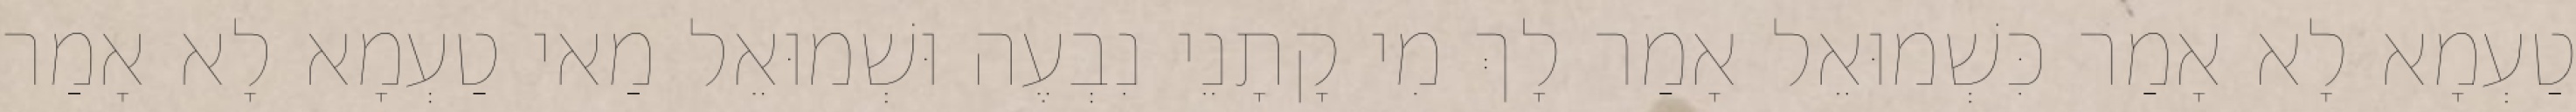
טַעְמָא לָא אָמַר כִּשְׁמוּאֵל אָמַר לָךְ מִי קָתָנֵי נִבְעֶה וּשְׁמוּאֵל מַאי טַעְמָא לָא אָמַר